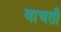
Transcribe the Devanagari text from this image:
वाचती